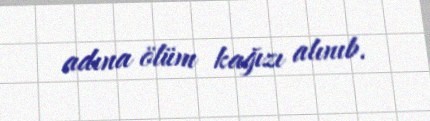
adına ölüm kağızı alınıb.